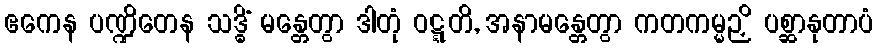
ဧကေန ပဏ္ဍိတေန သဒ္ဓိံ မန္တေတွာ ဒါတုံ ဝဋ္ဋတိ, အနာမန္တေတွာ ကတကမ္မဉှိ ပစ္ဆာနုတာပံ